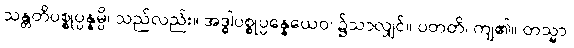
သန္တတိပစ္စုပ္ပန္နမ္ပိ၊ သည်လည်း။ အဒ္ဓါပစ္စုပ္ပန္နေယေဝ၊ ၌သာလျှင်။ ပတတိ၊ ကျ၏။ တသ္မာ၊